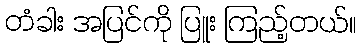
တံခါး အပြင်ကို ပြူး ကြည့်တယ်။